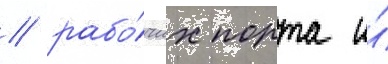
/ рабо́чих порта и́